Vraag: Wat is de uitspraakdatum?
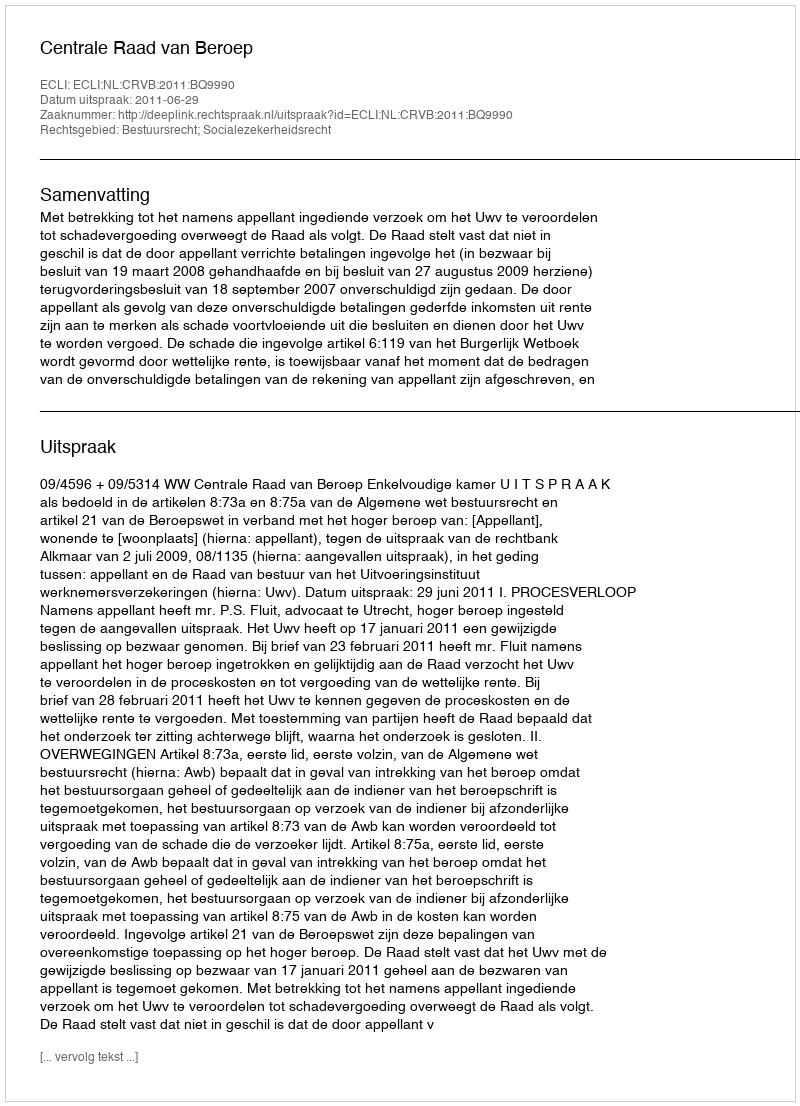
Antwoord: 2011-06-29